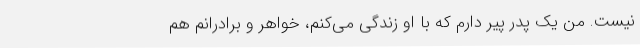
نیست. من یک پدر پیر دارم که با او زندگی می‌کنم، خواهر و برادرانم هم